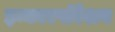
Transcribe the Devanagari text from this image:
इन्कारपॉरेशन